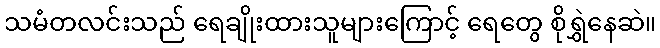
သမံတလင်းသည် ရေချိုးထားသူများကြောင့် ရေတွေ စိုရွှဲနေဆဲ။